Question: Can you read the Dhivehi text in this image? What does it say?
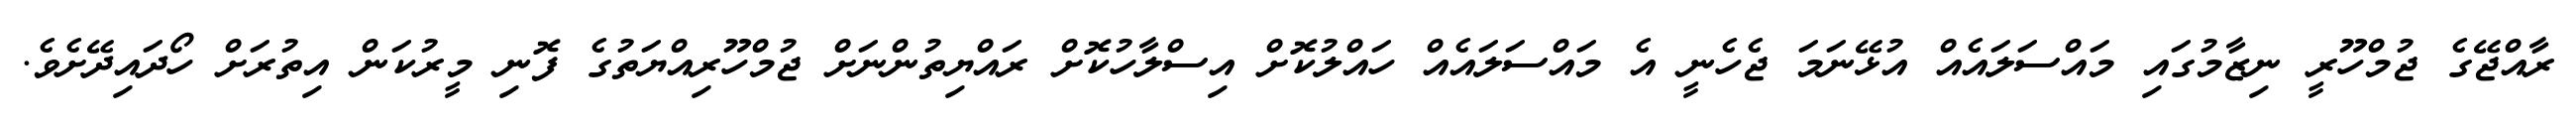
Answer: ރާއްޖޭގެ ޖުމްހޫރީ ނިޒާމުގައި މައްސަލައެއް އުޅޭނަމަ ޖެހެނީ އެ މައްސަލައެއް ހައްލުކޮށް އިސްލާހުކޮށް ރައްޔިތުންނަށް ޖުމްހޫރިއްޔަތުގެ ފޮނި މީރުކަން އިތުރަށް ހޯދައިދޭށެވެ.